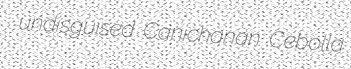
undisguised Canichanan Cebolla